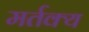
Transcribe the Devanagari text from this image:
मर्तक्य